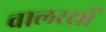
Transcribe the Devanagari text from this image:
वालरसों